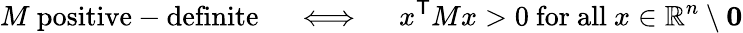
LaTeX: M{\mathrm{~positive-definite}}\quad\iff\quad x^{\textsf{T}}Mx>0{\mathrm{~for~all~}}x\in\mathbb{R}^{n}\setminus\mathbf{0}